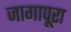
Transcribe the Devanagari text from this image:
जागापूरा